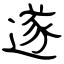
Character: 遂